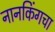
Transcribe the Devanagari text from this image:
नानकिंगचा